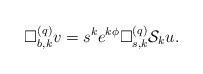
\begin{align*} \Box^{(q)}_{b,k}v=s^ke^{k\phi}\Box^{(q)}_{s,k}\mathcal{S}_{k}u.\end{align*}